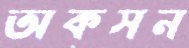
অকসন